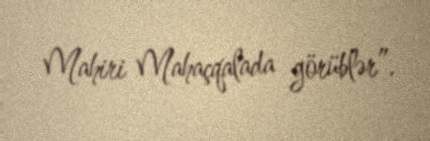
Mahiri Mahaçqalada görüblər”.